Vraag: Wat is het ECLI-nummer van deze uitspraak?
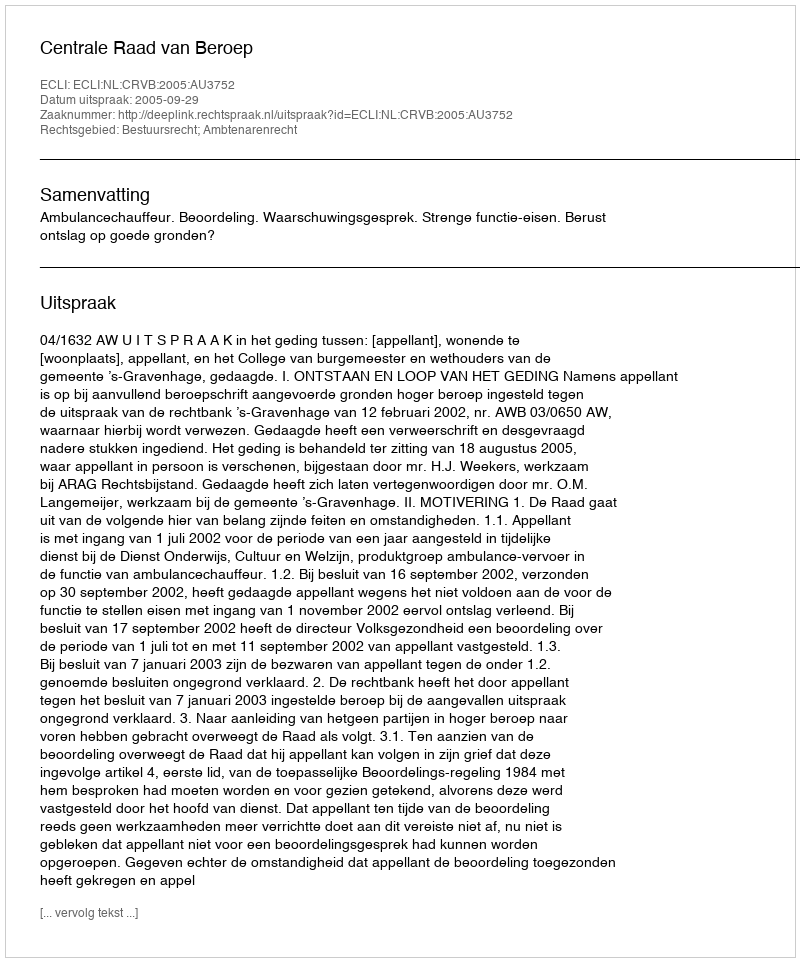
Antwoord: ECLI:NL:CRVB:2005:AU3752